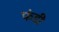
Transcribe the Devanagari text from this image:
फंडी